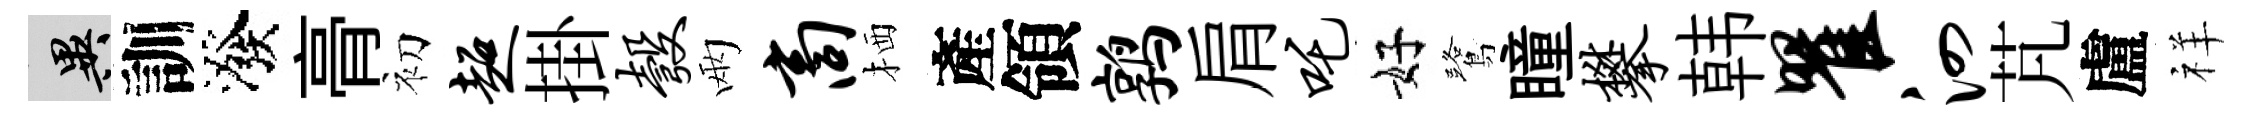
异訓潑𮌔初超掛彀兩商栖產領鹑肩吒好鷺瞳攀韩瞿泗芃盧祥